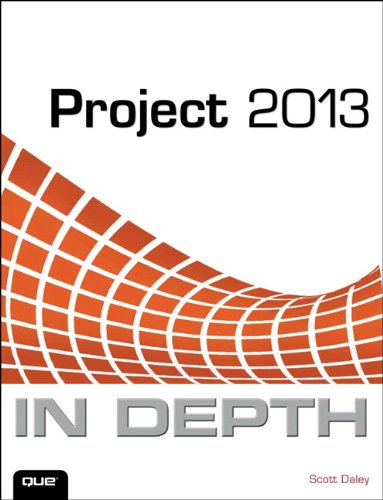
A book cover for Project 2013 In Depth; Scott Daley; Computers & Technology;